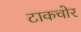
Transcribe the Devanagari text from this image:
टाकचोर